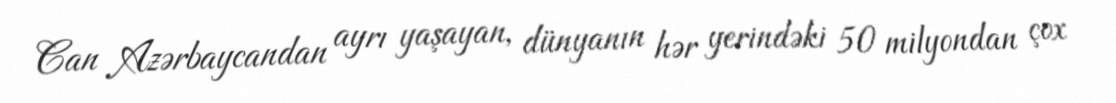
Can Azərbaycandan ayrı yaşayan, dünyanın hər yerindəki 50 milyondan çox